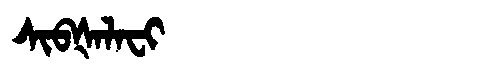
Manchu: ᠰᡳᠪᡧᠠᠯᠠᠸᡳ
Romanization: SIBŠALAFI